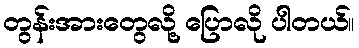
တွန်းအားတွေလို့ ပြောလို ပါတယ်။